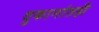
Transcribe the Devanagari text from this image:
दुकानांतही